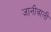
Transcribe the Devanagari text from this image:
जानीवाली